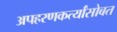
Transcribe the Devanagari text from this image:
अपहरणकर्त्यांसोबत